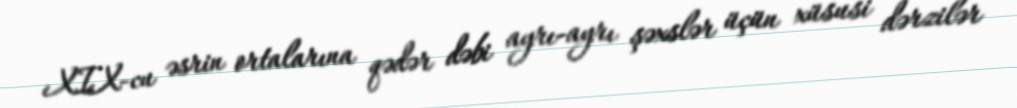
XIX-cu əsrin ortalarına qədər dəbi ayrı-ayrı şəxslər üçün xüsusi dərzilər